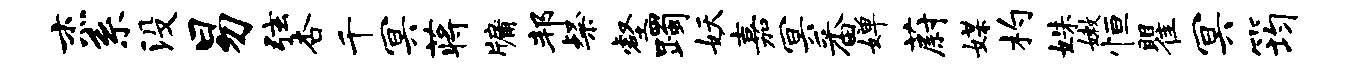
杰系没易弦杏千冥蒋牖邦粲壑躅妖嘉冥番婵蔚媒杓姝嫩恒瞿冥筠